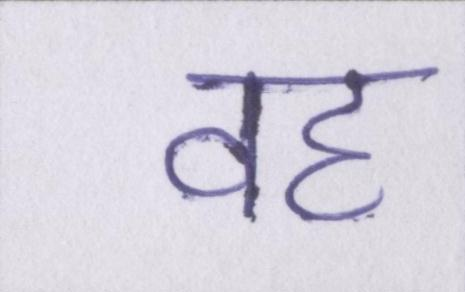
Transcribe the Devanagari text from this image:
वह